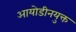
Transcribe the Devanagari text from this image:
आयोडीनयुक्त